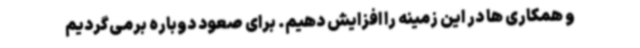
و همکاری ها در این زمینه را افزایش دهیم. برای صعود دوباره برمی‌گردیم